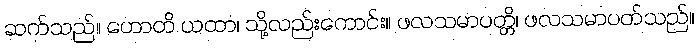
ဆက်သည်။ ဟောတိ ယထာ၊ သို့လည်းကောင်း။ ဖလသမာပတ္တိ၊ ဖလသမာပတ်သည်။